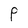
Character: P